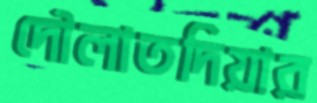
দৌলাতদিয়ার